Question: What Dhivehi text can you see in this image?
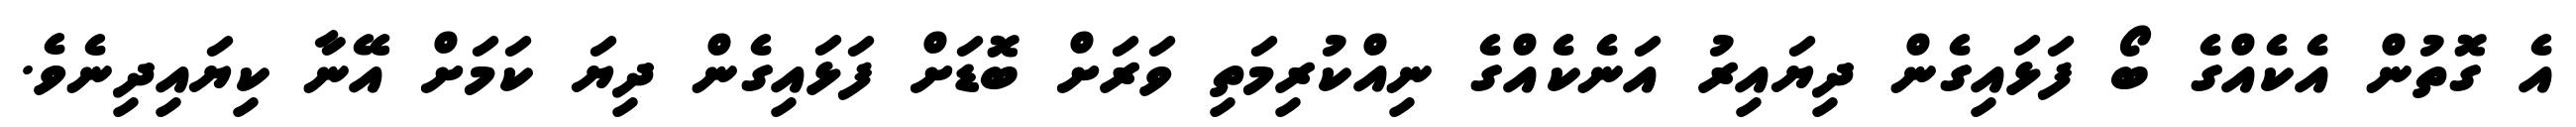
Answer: އެ ގޮތުން އެކެއްގެ ބޯ ފަޅައިގެން ދިޔައިރު އަނެކެއްގެ ނިއްކުރިމަތި ވަރަށް ބޮޑަށް ފަޅައިގެން ދިޔަ ކަމަށް އޭނާ ކިޔައިދިނެވެ.